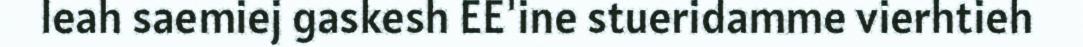
leah saemiej gaskesh EE'ine stueridamme vierhtieh